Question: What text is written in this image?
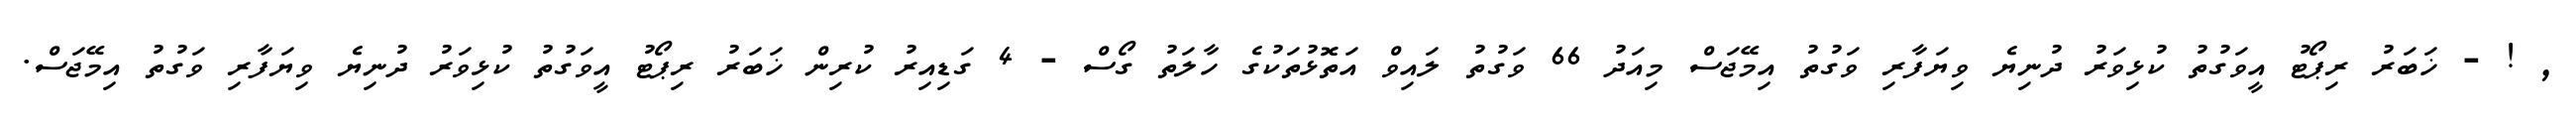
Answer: , ! - ޚަބަރު ރިޕޯޓު އީވަގުތު ކުޅިވަރު ދުނިޔެ ވިޔަފާރި ވަގުތު އިމޭޖަސް މިއަދު 66 ވަގުތު ލައިވް އަތޮޅުތަކުގެ ހާލަތު ގޯސް - 4 ގަޑިއިރު ކުރިން ޚަބަރު ރިޕޯޓު އީވަގުތު ކުޅިވަރު ދުނިޔެ ވިޔަފާރި ވަގުތު އިމޭޖަސް.